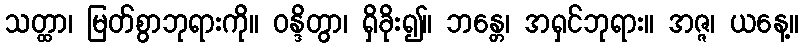
သတ္ထာ၊ မြတ်စွာဘုရားကို။ ဝန္ဒိတွာ၊ ရှိခိုး၍။ ဘန္တေ၊ အရှင်ဘုရား။ အဇ္ဇ၊ ယနေ့။